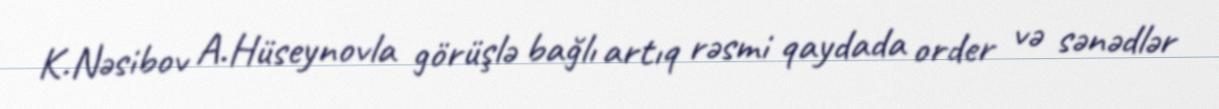
K.Nəsibov A.Hüseynovla görüşlə bağlı artıq rəsmi qaydada order və sənədlər